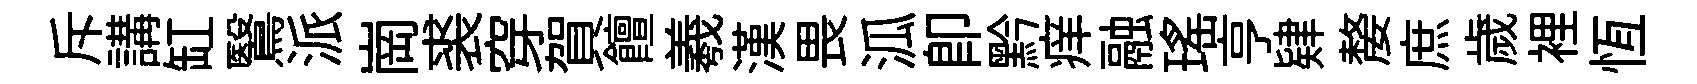
斥講缸鷖派崗裘穿賀饘羲漢畏泒即黔痒融瑶亨肄嫠庶歲裡恆